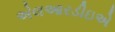
એલઆરડીઇએ